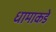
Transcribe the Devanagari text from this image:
धामाकडे